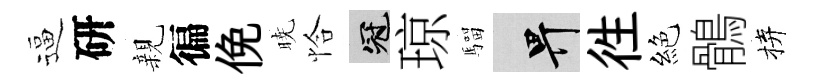
逼研親徧俛暁恰冠琼騮畀徃絕鶻拚